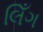
લિઁગ